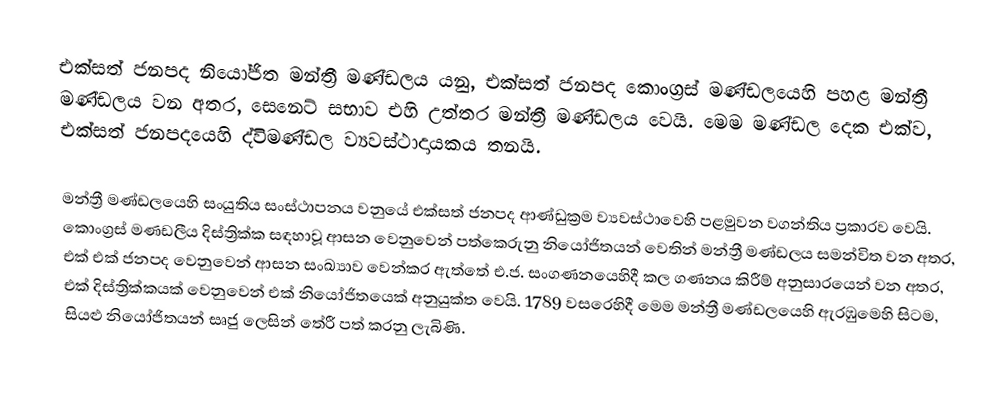
එක්සත් ජනපද නියෝජිත මන්ත්‍රී මණ්ඩලය යනු,   එක්සත් ජනපද කොංග‍්‍රස් මණ්ඩලයෙහි පහළ මන්ත්‍රී මණ්ඩලය වන අතර,  සෙනෙට් සභාව එහි  උත්තර මන්ත්‍රී මණ්ඩලය වෙයි. මෙම මණ්ඩල දෙක එක්ව,  එක්සත් ජනපදයෙහි ද්විමණ්ඩල ව්‍යවස්ථාදායකය තනයි.

මන්ත්‍රී මණ්ඩලයෙහි  සංයුතිය සංස්ථාපනය වනුයේ එක්සත් ජනපද ආණ්ඩුක්‍රම ව්‍යවස්ථාවෙහි පළමුවන වගන්තිය ප්‍රකාරව වෙයි.  කොංග්‍රස් මණඩලීය දිස්ත්‍රික්ක  සඳහාවූ ආසන වෙනුවෙන් පත්කෙරුනු  නියෝජිතයන් වෙතින් මන්ත්‍රී මණ්ඩලය සමන්විත වන අතර, එක් එක් ජනපද වෙනුවෙන් ආසන සංඛ්‍යාව වෙන්කර ඇත්තේ  එ.ජ. සංගණනයෙහිදී කල ගණනය කිරීම් අනුසාරයෙන් වන අතර, එක් දිස්ත්‍රික්කයක් වෙනුවෙන් එක් නියෝජිතයෙක් අනුයුක්ත වෙයි. 1789 වසරෙහිදී මෙම මන්ත්‍රී මණ්ඩලයෙහි ඇරඹුමෙහි සිටම, සියළු නියෝජිතයන් සෘජු ලෙසින් තේරී පත් කරනු ලැබිණි.